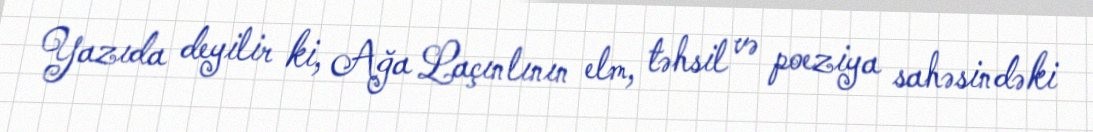
Yazıda deyilir ki, Ağa Laçınlının elm, təhsil və poeziya sahəsindəki